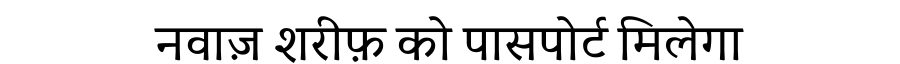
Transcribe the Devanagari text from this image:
नवाज़ शरीफ़ को पासपोर्ट मिलेगा